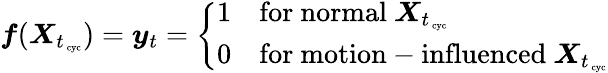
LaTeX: \boldsymbol f(\boldsymbol X_{t_{\mathrm{\scriptsize~cyc}}})=\boldsymbol y_{t}=\left\{ \begin{array}{cl}{1}&{\mathrm{for~normal~}\boldsymbol X_{t_{\mathrm{\scriptsize~cyc}}}}\\ {0}&{\mathrm{for~motion-influenced~}\boldsymbol X_{t_{\mathrm{\scriptsize~cyc}}}}\end{array}\right.